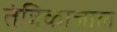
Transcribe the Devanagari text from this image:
तंत्रिकाजाल